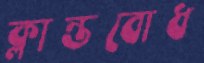
ক্লান্তবোধ